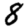
Digit: 8